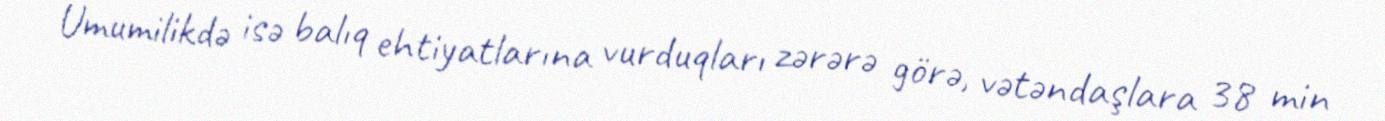
Ümumilikdə isə balıq ehtiyatlarına vurduqları zərərə görə, vətəndaşlara 38 min